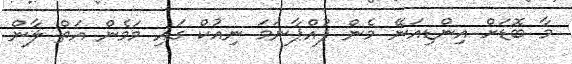
މާ ބޮޑަށް އިންޑިއަނޭ މެން ފުއްޕާނަމަ ނިއުކް ގައި މަމެން އަތް ލާން